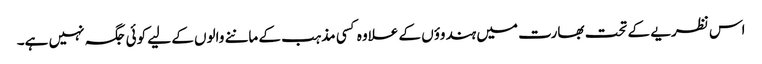
اس نظریے کے تحت بھارت میں ہندوؤں کے علاوہ کسی مذہب کے ماننے والوں کے لیے کوئی جگہ نہیں ہے۔